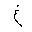
Letter: _gayn